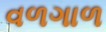
વળગાળ